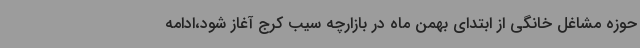
حوزه مشاغل خانگی از ابتدای بهمن ماه در بازارچه سیب کرج آغاز شود،ادامه